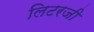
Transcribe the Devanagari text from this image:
लिटरजी